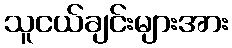
သူငယ်ချင်းများအား